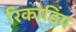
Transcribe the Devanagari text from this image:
रिकाडिंग